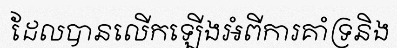
ដែលបានលើកឡើងអំពីការគាំទ្រនិង